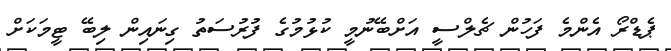
ޕެޑްރޯ އެންމެ ފަހުން ޗެލްސީ އަށްބޭނުމީ ކުޅުމުގެ ފުރުސަތު ގިނައިން ލިބޭ ޓީމަކަށް